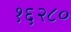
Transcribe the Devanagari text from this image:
१६२८०